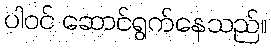
ပါဝင် ဆောင်ရွက်နေသည်။